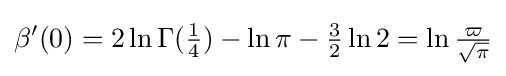
\beta '(0)=2\ln \Gamma ({\tfrac {1}{4}})-\ln \pi -{\tfrac {3}{2}}\ln 2=\ln {\tfrac {\varpi }{\sqrt {\pi }}}